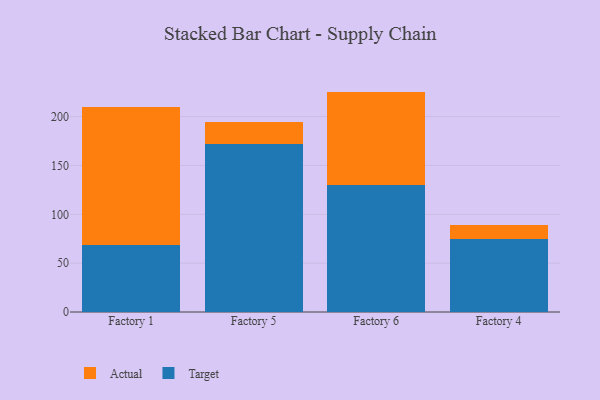
{"axis": {"x": "Factory", "y": "Population (Million)"}, "legend": ["Actual", "Target"], "data": [{"x": "Factory 1", "y": 68.2, "type": "Target"}, {"x": "Factory 1", "y": 141.6, "type": "Actual"}, {"x": "Factory 5", "y": 171.8, "type": "Target"}, {"x": "Factory 5", "y": 22.7, "type": "Actual"}, {"x": "Factory 6", "y": 129.8, "type": "Target"}, {"x": "Factory 6", "y": 95.8, "type": "Actual"}, {"x": "Factory 4", "y": 74.6, "type": "Target"}, {"x": "Factory 4", "y": 14.0, "type": "Actual"}]}